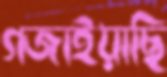
গজাইয়াছি